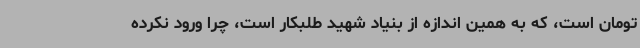
تومان است، که به همین اندازه از بنیاد شهید طلبکار است، چرا ورود نکرده